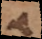
a